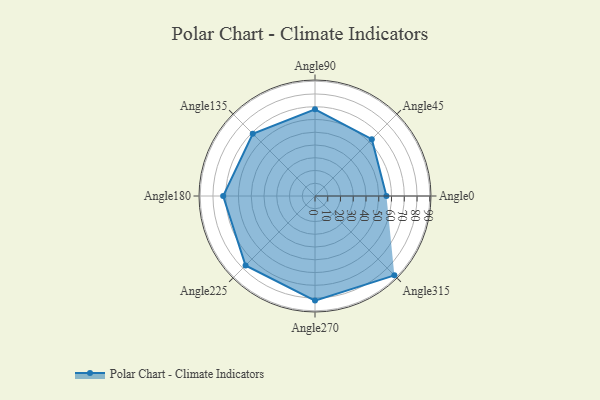
{"axis": {"x": "Angle", "y": "Radius"}, "legend": [""], "data": [{"x": "Angle0", "y": 56.0, "type": ""}, {"x": "Angle45", "y": 63.0, "type": ""}, {"x": "Angle90", "y": 68.0, "type": ""}, {"x": "Angle135", "y": 69.0, "type": ""}, {"x": "Angle180", "y": 72.0, "type": ""}, {"x": "Angle225", "y": 77.0, "type": ""}, {"x": "Angle270", "y": 82.0, "type": ""}, {"x": "Angle315", "y": 88.0, "type": ""}]}